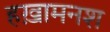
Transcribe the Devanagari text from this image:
हख़ामनश